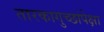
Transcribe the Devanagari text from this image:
तारकागुच्छांपेक्षा